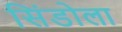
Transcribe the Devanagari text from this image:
सिंडोला